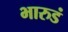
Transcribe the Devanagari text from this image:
भारुडं